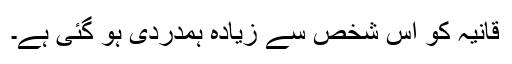
قانیہ کو اس شخص سے زیادہ ہمدردی ہو گئی ہے۔